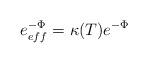
LaTeX: \begin{align*}e^{-\Phi}_{eff}=\kappa(T) e^{-\Phi}\end{align*}